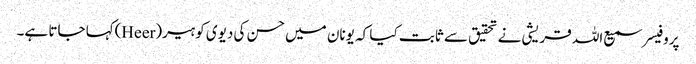
پروفیسر سمیع اللہ قریشی نے تحقیق سے ثابت کیا کہ یونان میں حسن کی دیوی کو ہیر(Heer)کہا جاتا ہے۔